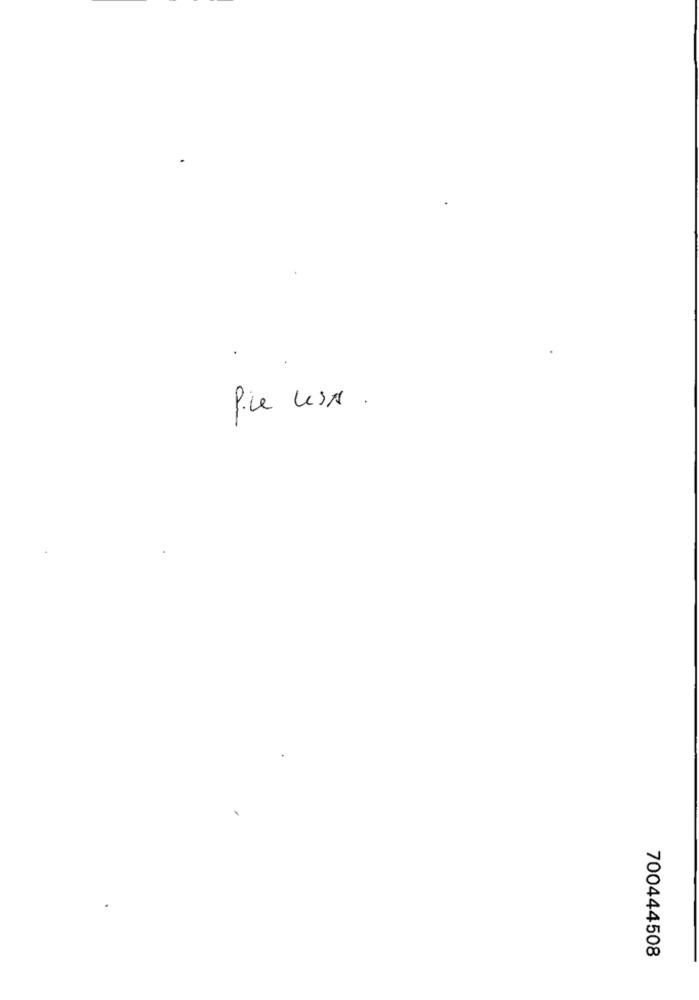
Pie USA .
700444508